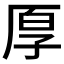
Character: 𫝗